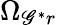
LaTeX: \Omega_{\mathscr{G}^{*}r}